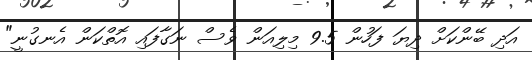
އަދި ބޭންކަށް ދިޔަ ފަހުން 9.5 މިލިއަން ވެސް ނަގާފައި އޮތްކަން އެނގުނީ"